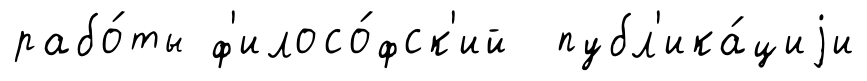
рабо́ты ф'илосо́фск'ий публ'ика́циjи